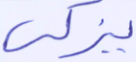
يزكي